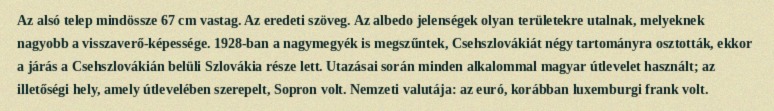
Az alsó telep mindössze 67 cm vastag. Az eredeti szöveg. Az albedo jelenségek olyan területekre utalnak, melyeknek nagyobb a visszaverő-képessége. 1928-ban a nagymegyék is megszűntek, Csehszlovákiát négy tartományra osztották, ekkor a járás a Csehszlovákián belüli Szlovákia része lett. Utazásai során minden alkalommal magyar útlevelet használt; az illetőségi hely, amely útlevelében szerepelt, Sopron volt. Nemzeti valutája: az euró, korábban luxemburgi frank volt.